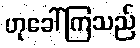
ဟုခေါ်ကြသည်